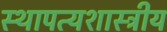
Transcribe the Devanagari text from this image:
स्थापत्यशास्त्रीय